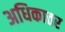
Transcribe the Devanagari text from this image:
अधिकातर